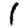
Digit: 1